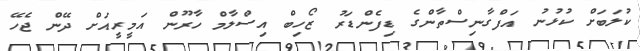
ކުލަބަށް ކުޅުނު އަފްގާނިސްތާންގެ ޑިފެންޑަރު ޒޯހިބް އިސްލާމް ހާރޫން އަމީރީއަށް ދޭން ޖެހޭ